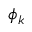
\phi _ { k }